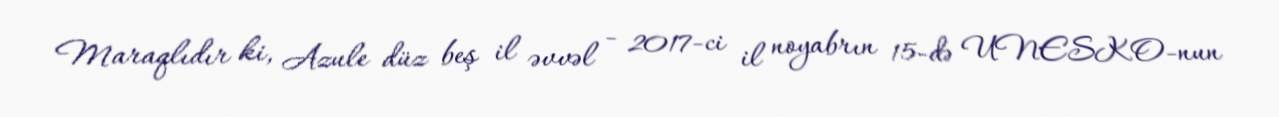
Maraqlıdır ki, Azule düz beş il əvvəl - 2017-ci il noyabrın 15-də UNESKO-nun